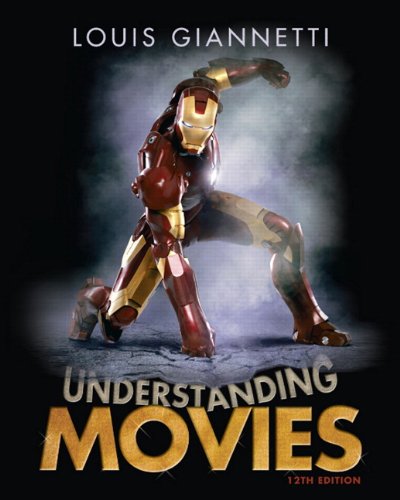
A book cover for Understanding Movies (12th Edition); Louis Giannetti; Humor & Entertainment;